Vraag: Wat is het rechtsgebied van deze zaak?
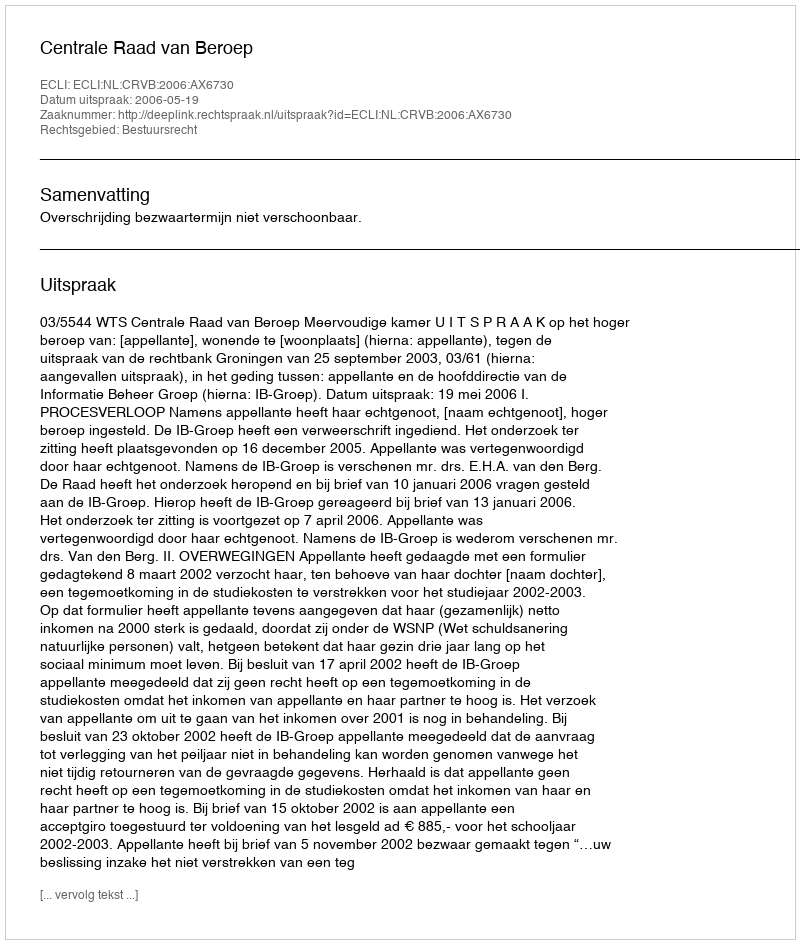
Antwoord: Bestuursrecht